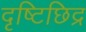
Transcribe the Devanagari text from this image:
दृष्टिछिद्र